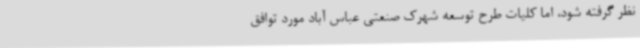
نظر گرفته شود، اما کلیات طرح توسعه شهرک صنعتی عباس آباد مورد توافق